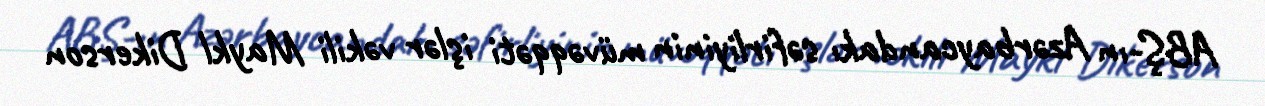
ABŞ-ın Azərbaycandakı səfirliyinin müvəqqəti işlər vəkili Maykl Dikerson